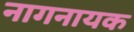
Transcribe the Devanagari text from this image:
नागनायक